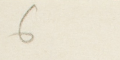
6